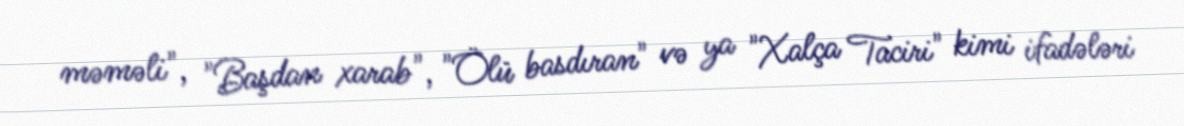
məməli", "Başdan xarab", "Ölü basdıran" və ya "Xalça Taciri" kimi ifadələri